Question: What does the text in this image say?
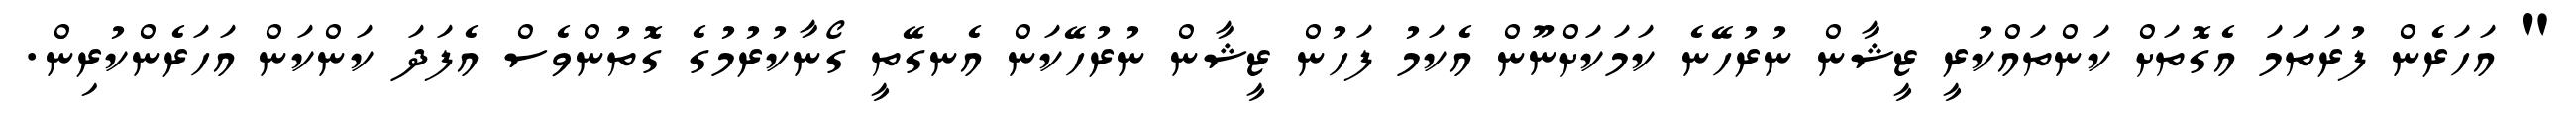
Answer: " އަހަރެން ފުރަތަމަ އެގޮތަށް ކަންތައްކުރީ ޒީޝާން ނުރުހޭނެ ކަމަކަށްނޫން އެކަމު ފަހުން ޒީޝާން ނުރުހޭކަން އެނގޭތީ ގޯނާކުރުމުގެ ގޮތުންވެސް އެފަދަ ކަންކަން އަހަރެންކުރިން.